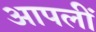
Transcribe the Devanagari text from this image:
आपलीं